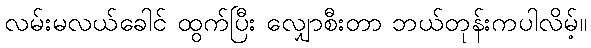
လမ်းမလယ်ခေါင် ထွက်ပြီး လျှောစီးတာ ဘယ်တုန်းကပါလိမ့်။